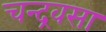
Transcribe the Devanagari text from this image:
चन्द्रवसा